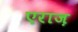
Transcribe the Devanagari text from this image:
एराज़